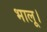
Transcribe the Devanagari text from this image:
भालू।